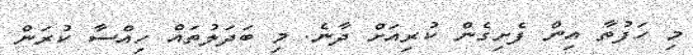
މި ހަފުތާ އިން ފެށިގެން ކުރިއަށް ދާނެ. މި ބަދަލުތައް ހިއްސާ ކުރަން